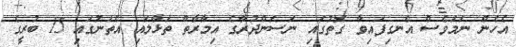
އެހެން ނަމަވެސް އެނގިފައިވާ ގޮތުގައި ނަސަންދުރާގެ އިމާރާތް ތަޅާލައި އެތަނުގައި 15 ބުރީގެ